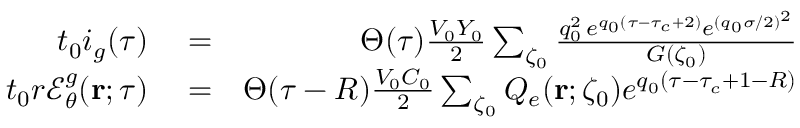
\begin{array} { r l r } { t _ { 0 } i _ { g } ( \tau ) } & { { } = } & { \Theta ( \tau ) \frac { V _ { 0 } Y _ { 0 } } { 2 } \sum _ { \zeta _ { 0 } } \frac { q _ { 0 } ^ { 2 } \, e ^ { q _ { 0 } ( \tau - \tau _ { c } + 2 ) } e ^ { ( q _ { 0 } \sigma / 2 ) ^ { 2 } } } { G ( \zeta _ { 0 } ) } } \\ { t _ { 0 } r \mathcal { E } _ { \theta } ^ { g } ( { \bf r } ; \tau ) } & { { } = } & { \Theta ( \tau - R ) \frac { V _ { 0 } C _ { 0 } } { 2 } \sum _ { \zeta _ { 0 } } Q _ { e } ( { \bf r } ; \zeta _ { 0 } ) e ^ { q _ { 0 } ( \tau - \tau _ { c } + 1 - R ) } } \end{array}